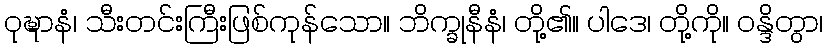
ဝုဍ္ဎာနံ၊ သီးတင်းကြီးဖြစ်ကုန်သော။ ဘိက္ခုနီနံ၊ တို့၏။ ပါဒေ၊ တို့ကို။ ဝန္ဒိတွာ၊